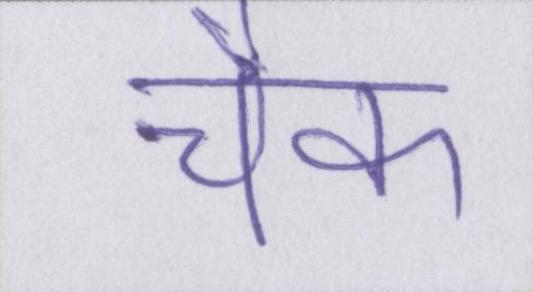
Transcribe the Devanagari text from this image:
चैक